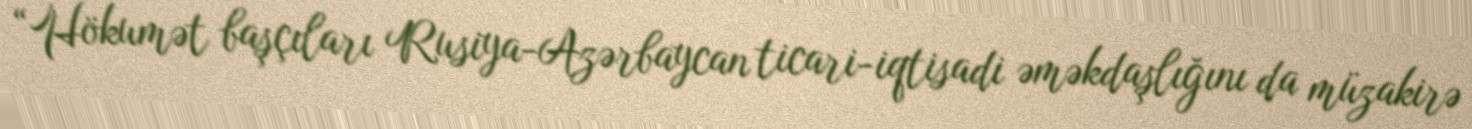
“Hökumət başçıları Rusiya-Azərbaycan ticari-iqtisadi əməkdaşlığını da müzakirə